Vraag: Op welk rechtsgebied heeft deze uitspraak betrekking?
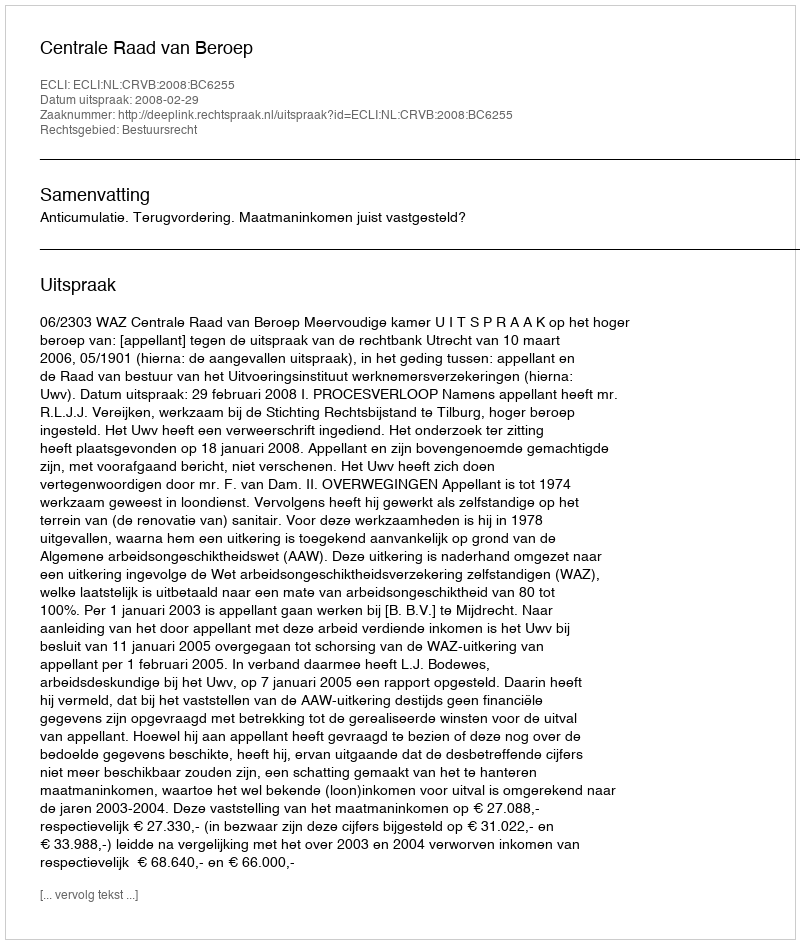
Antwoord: Bestuursrecht